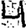
Digit: 4